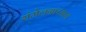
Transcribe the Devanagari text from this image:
संमेलनाच्याच